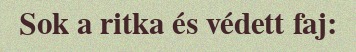
Sok a ritka és védett faj: